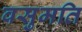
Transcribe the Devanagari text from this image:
वसुमति